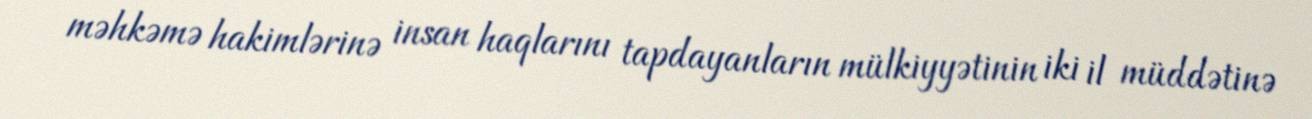
məhkəmə hakimlərinə insan haqlarını tapdayanların mülkiyyətinin iki il müddətinə